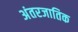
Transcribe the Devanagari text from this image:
अंतरजातिक